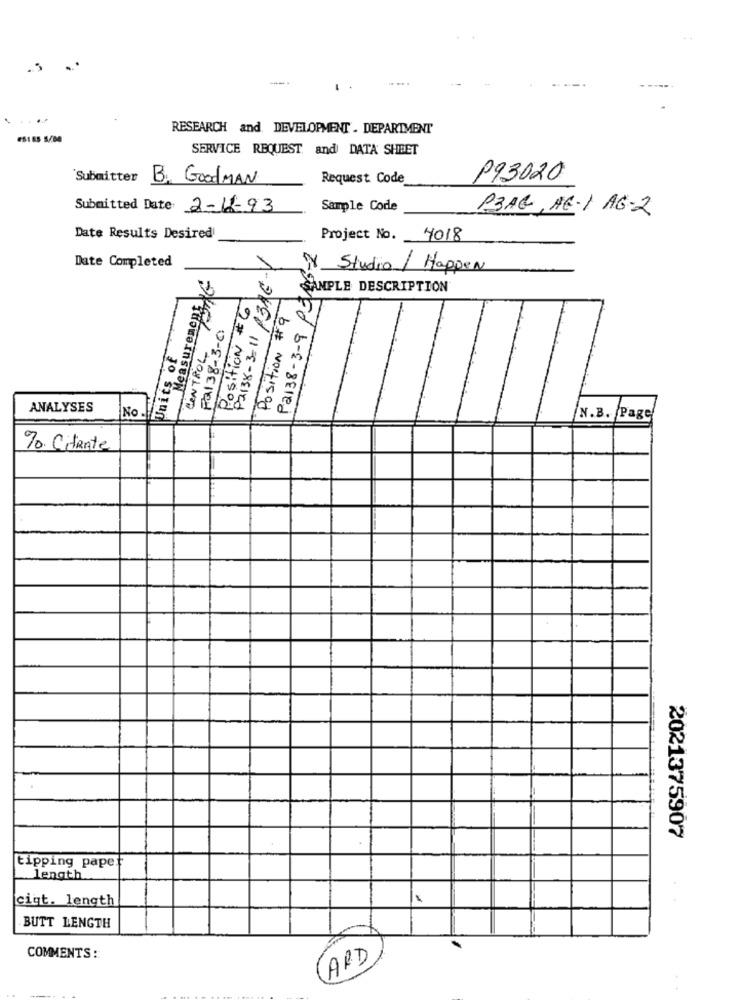
RESEARCH and DEVELOPMENT . DEPARTMENT
SERVICE REQUEST and DATA SHEET
Submitter
B. GoodMAN
Request Code
193020
Submitted Date: 2-11-93
Sample Code
P3AG, HE-1 AG-2
Date Results Desired
Project No.
4018
P2138-3-11 /3RE-V
P2138-3-9 P346-2
Date Completed
Measurement G
)Y Studio / Happen
SAMPLE DESCRIPTION
Position # 6
Position #9
Pal38-3-0
CONTROL
Units of
ANALYSES
No .
N.B. Page
70. Citante
2021375907
tipping papet
length
cigt. length
BUTT LENGTH
COMMENTS:
ARD